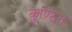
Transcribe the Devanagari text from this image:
कुण्ठित